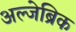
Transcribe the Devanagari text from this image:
अल्जेब्रिक